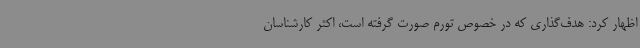
اظهار کرد: هدف‌گذاری که در خصوص تورم صورت گرفته است، اکثر کارشناسان